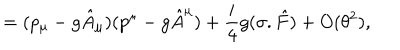
= ( p _ { \mu } - g \hat { A } _ { \mu } ) ( p ^ { \mu } - g \hat { A } ^ { \mu } ) + { \frac { i } { 4 } } g ( \sigma . \hat { F } ) + O ( \theta ^ { 2 } ) ,